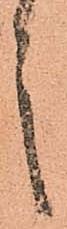
言